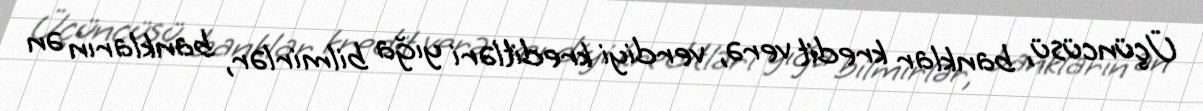
Üçüncüsü, banklar kredit verə, verdiyi kreditləri yığa bilmirlər, bankların ən